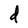
Character: d